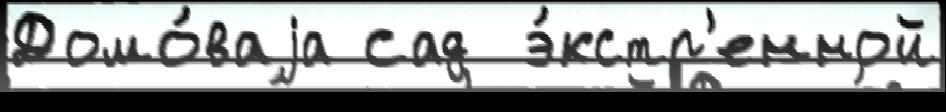
Домо́ваjа сад  э́кстр'енной